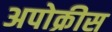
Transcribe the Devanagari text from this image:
अपोक्रीस